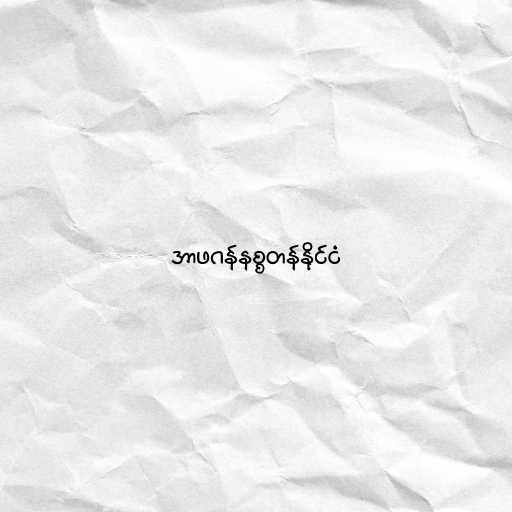
အာဖဂန်နစ္စတန်နိုင်ငံ